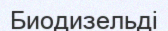
Биодизельді